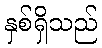
နှစ်ရှိသည်